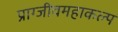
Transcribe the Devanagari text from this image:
प्राग्जीवमहाकल्प